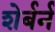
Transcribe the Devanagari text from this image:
शेर्बर्न